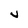
Character: v